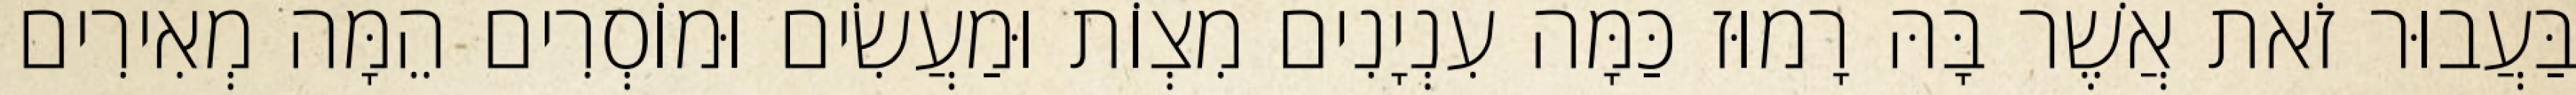
בַּעֲבוּר זֹאת אֲשֶׁר בָּהּ רָמוּז כַּמָּה עִנְיָנִים מִצְוֹת וּמַעֲשִׂים וּמוֹסְרִים הֵמָּה מְאִירִים